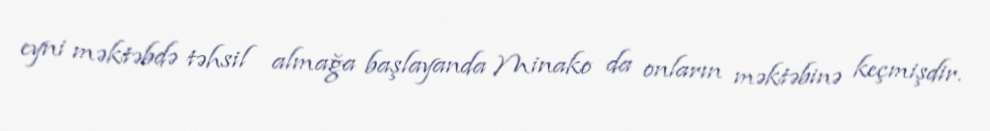
eyni məktəbdə təhsil almağa başlayanda Minako da onların məktəbinə keçmişdir.